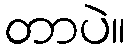
တာပဲ။